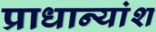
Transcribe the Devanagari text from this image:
प्राधान्यांश